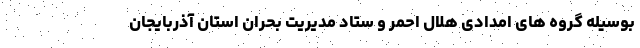
بوسیله گروه های امدادی هلال احمر و ستاد مدیریت بحران استان آذربایجان